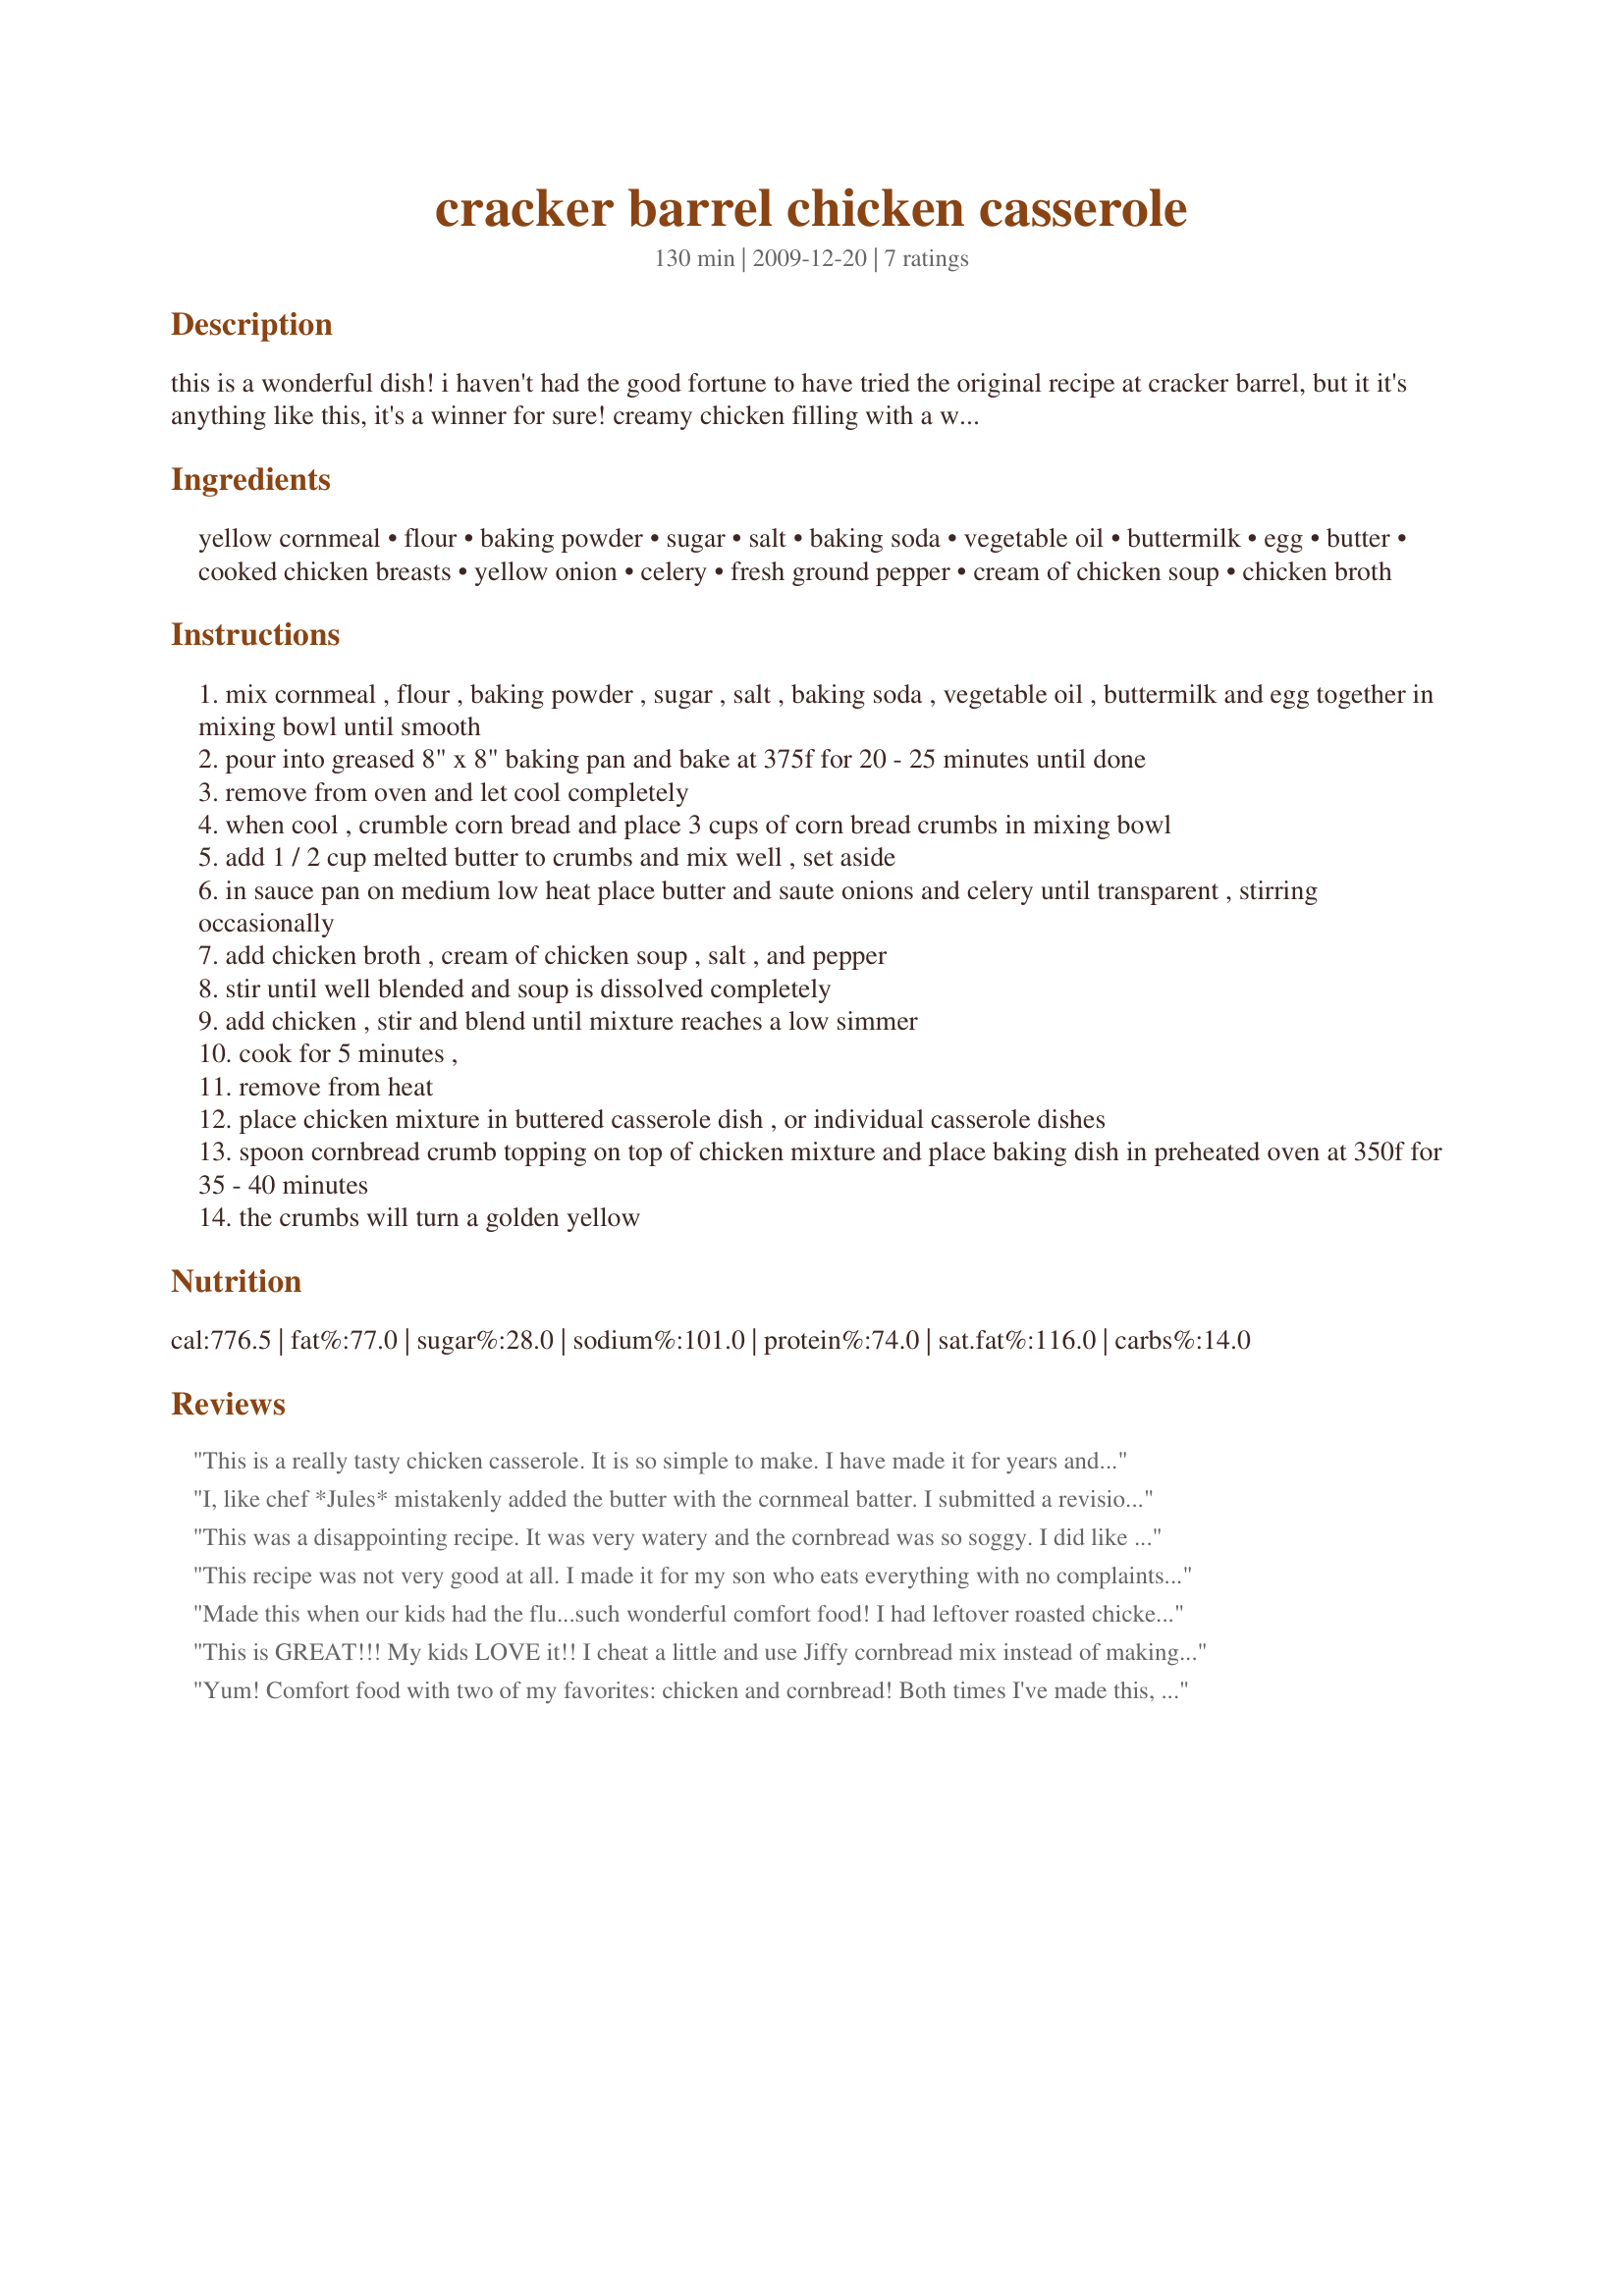
cracker barrel chicken casserole
Preparation time: 130 minutes

this is a wonderful dish! i haven't had the good fortune to have tried the original recipe at cracker barrel, but it it's anything like this, it's a winner for sure! creamy chicken filling with a wonderful cornmeal crust that turns a golden color! it's a keeper for sure!

Ingredients:
yellow cornmeal, flour, baking powder, sugar, salt, baking soda, vegetable oil, buttermilk, egg, butter, cooked chicken breasts, yellow onion, celery, fresh ground pepper, cream of chicken soup, chicken broth

Steps:
mix cornmeal , flour , baking powder , sugar , salt , baking soda , vegetable oil , buttermilk and egg together in mixing bowl until smooth
pour into greased 8" x 8" baking pan and bake at 375f for 20 - 25 minutes until done
remove from oven and let cool completely
when cool , crumble corn bread and place 3 cups of corn bread crumbs in mixing bowl
add 1 / 2 cup melted butter to crumbs and mix well , set aside
in sauce pan on medium low heat place butter and saute onions and celery until transparent , stirring occasionally
add chicken broth , cream of chicken soup , salt , and pepper
stir until well blended and soup is dissolved completely
add chicken , stir and blend until mixture reaches a low simmer
cook for 5 minutes ,
remove from heat
place chicken mixture in buttered casserole dish , or individual casserole dishes
spoon cornbread crumb topping on top of chicken mixture and place baking dish in preheated oven at 350f for 35 - 40 minutes
the crumbs will turn a golden yellow

Reviews:
This is a really tasty chicken casserole. It is so simple to make. I have made it for years and we still love it. Thanks for posting this recipe.
I, like chef *Jules* mistakenly added the butter with the cornmeal batter. I submitted a revision to the instructions to explicitly list the ingredients that are to be mixed into the cornmeal batter. I thought this was just an ok casserole. If you love cornbread then you will probably really like this recipe.
This was a disappointing recipe. It was very watery and the cornbread was so soggy. I did like the flavor ok but if I try it again I will add some flour to the butter and onions to make a roux and thicken it up.
This recipe was not very good at all. I made it for my son who eats everything with no complaints .... but said I'm sorry mom but that casserol was just a bunch of crumbs! He said please don't make that again!!
Made this when our kids had the flu...such wonderful comfort food! I had leftover roasted chicken, so I added a little dark meat and broth from it. Turned out perfect! Thank you for sharing.
This is GREAT!!! My kids LOVE it!! I cheat a little and use Jiffy cornbread mix instead of making my own but it is still wonderful!!! I don't remember ever seeing this at Cracker Barrel but I'm sure it's a hit there too if they have it on their menu!
Yum! Comfort food with two of my favorites: chicken and cornbread! Both times I've made this, I've jumped the gun and mistakenly added the melted butter with the cornbread mix (you'd think I'd remember after the first time) but it still turned out good.
